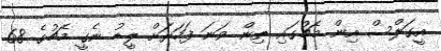
އީގަލްސް އިން މެޗުގައި ތިން ވަނަ ފަހަރަށް ލީޑު ނެގީ މެޗުގެ 68